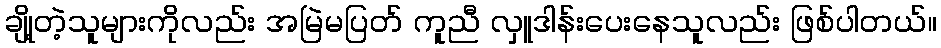
ချို့တဲ့သူများကိုလည်း အမြဲမပြတ် ကူညီ လှူဒါန်းပေးနေသူလည်း ဖြစ်ပါတယ်။